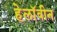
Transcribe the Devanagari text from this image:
हेलाॅवीन